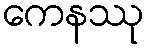
ကေနဿု